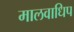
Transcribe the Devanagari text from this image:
मालवाधिप